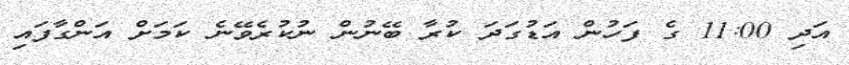
އަދި 11:00 ގެ ފަހުން އަޑުގަދަ ކުރާ ބޭނުން ނުކުރެވޭނެ ކަމަށް އަންގާފައި